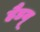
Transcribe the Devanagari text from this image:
हैडयू